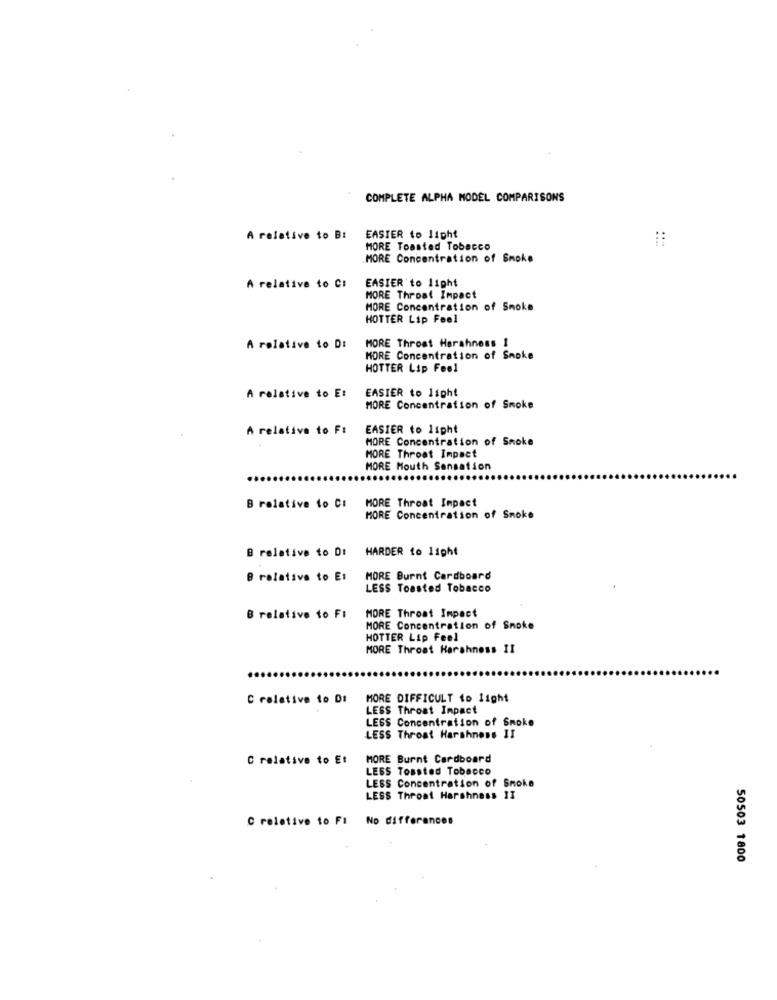
COMPLETE ALPHA MODEL COMPARISONS
A relative to Bt
EASIER to lipht
MORE Toasted Tobacco
MORE Concentration of Smoke
EASIER to light
A relative to C:
MORE Throat Impact
MORE Concentration of Smoke
HOTTER Lip Feel
A relative to D:
MORE Throat Harshness 1
MORE Concentration of Smoke
HOTTER Lip Feel
EASIER to light
A relative to E:
MORE Concentration of Smoke
A relative to F:
EASIER to light
MORE Concentration of Smoke
MORE Throat Impact
MORE Mouth Sensation
MORE Throat Impact
B relative to Ci
MORE Concentration of Smoke
8 relative to Di
HARDER to light
B relative to E1
MORE Burnt Cardboard
LESS Toasted Tobacco
MORE Throat Impact
B relative to FI
MORE Concentration of Smoke
HOTTER Lip Feel
MORE Throat Harshness II
C relative to DI
MORE DIFFICULT to light
LESS Throat Impact
LESS Concentration of Smoke
LESS Throat Harshness II
C relative to Et
MORE Burnt Cardboard
LESS Tossted Tobacco
LESS Concentration of Smoke
LESS Throat Harshness II
C relative to FI
No differences
50503 1800